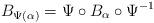
LaTeX: \begin{align*}B_{\Psi(\alpha)}=\Psi\circ B_\alpha\circ\Psi^{-1}\end{align*}